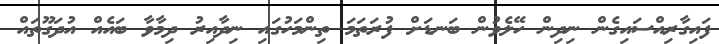
ފައިގާރިއްސައިގެން ނިދިން ހޭލެވުން ބަނޑަށް ފުރަތަމަ ތިންމަހުގައި ނިދާއިރު ދިމާވާ ބައެއް އުދަގޫތައް